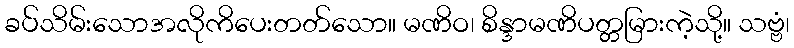
ခပ်သိမ်းသောအလိုကိပေးတတ်သော။ မဏိဝ၊ စိန္ဒာမဏိပတ္တမြားကဲ့သို့။ သဗ္ဗံ၊